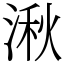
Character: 湫